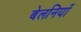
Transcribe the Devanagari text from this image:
बेलनियाँ